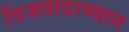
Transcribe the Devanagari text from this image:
विजयादरम्यान